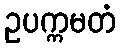
ဥပက္ကမတံ